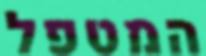
המטפל